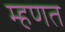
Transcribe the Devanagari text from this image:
म्‍हणत